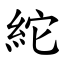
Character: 紽